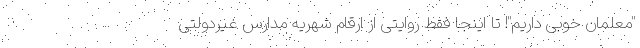
"معلمان خوبی داریم"! تا اینجا فقط روایتی از ارقام شهریه مدارس غیردولتی